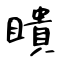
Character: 瞶